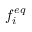
f _ { i } ^ { e q }